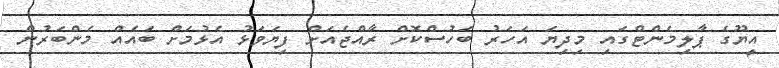
އީޔޫގެ ޕާލިމެންޓްގައި މިދިޔަ އަހަރު ބަހުސްކޮށް ރާއްޖެއަށް ފިޔަވަޅު އެޅުމަށް ބައެއް މެންބަރުން